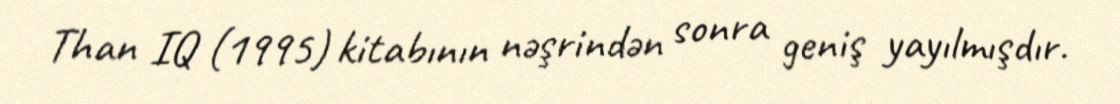
Than IQ (1995) kitabının nəşrindən sonra geniş yayılmışdır.